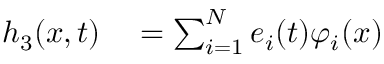
\begin{array} { r l } { h _ { 3 } ( x , t ) } & { { } = \sum _ { i = 1 } ^ { N } e _ { i } ( t ) \varphi _ { i } ( x ) } \end{array}